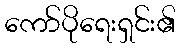
ကော်ပိုရေးရှင်း၏